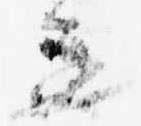
進